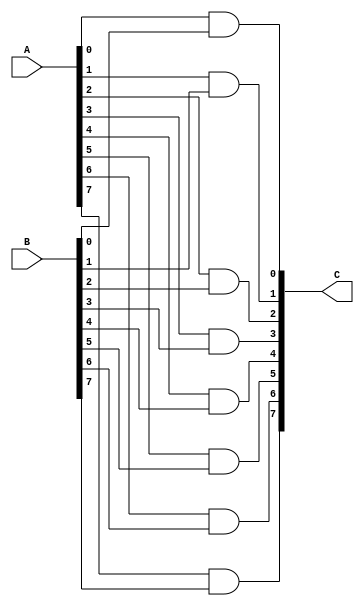
module and8bit( input wire [7:0] A, input wire [7:0] B, output wire [7:0] C );
assign C[0] = A[0] & B[0];
assign C[1] = A[1] & B[1];
assign C[2] = A[2] & B[2];
assign C[3] = A[3] & B[3];
assign C[4] = A[4] & B[4];
assign C[5] = A[5] & B[5];
assign C[6] = A[6] & B[6];
assign C[7] = A[7] & B[7];
endmodule